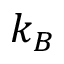
k _ { B }